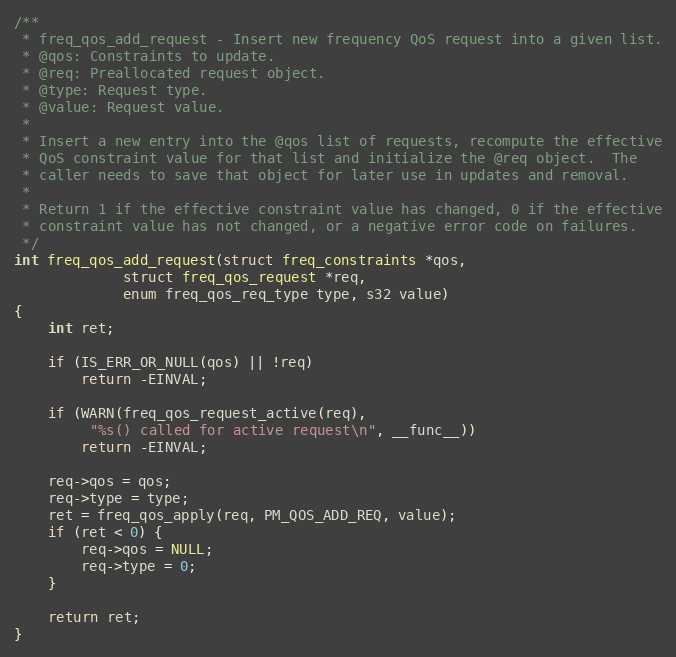
Language: C
/**
 * freq_qos_add_request - Insert new frequency QoS request into a given list.
 * @qos: Constraints to update.
 * @req: Preallocated request object.
 * @type: Request type.
 * @value: Request value.
 *
 * Insert a new entry into the @qos list of requests, recompute the effective
 * QoS constraint value for that list and initialize the @req object.  The
 * caller needs to save that object for later use in updates and removal.
 *
 * Return 1 if the effective constraint value has changed, 0 if the effective
 * constraint value has not changed, or a negative error code on failures.
 */
int freq_qos_add_request(struct freq_constraints *qos,
			 struct freq_qos_request *req,
			 enum freq_qos_req_type type, s32 value)
{
	int ret;

	if (IS_ERR_OR_NULL(qos) || !req)
		return -EINVAL;

	if (WARN(freq_qos_request_active(req),
		 "%s() called for active request\n", __func__))
		return -EINVAL;

	req->qos = qos;
	req->type = type;
	ret = freq_qos_apply(req, PM_QOS_ADD_REQ, value);
	if (ret < 0) {
		req->qos = NULL;
		req->type = 0;
	}

	return ret;
}